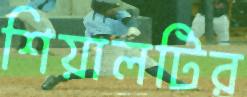
শিয়ালটির